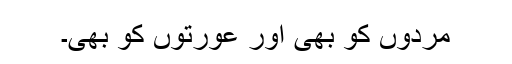
مردوں کو بھی اور عورتوں کو بھی۔